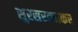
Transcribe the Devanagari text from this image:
सुरसरत्नाकर